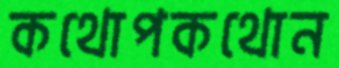
কথোপকথোন